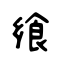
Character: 飨